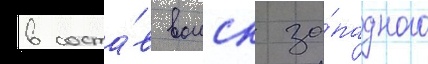
в соста́в воиск за́падного